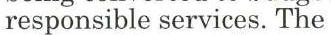
responsible services. The